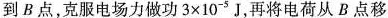
到B点，克服电场力做功$$3 × 10 ^{ - 5 }$$J，再将电荷从B点移